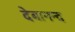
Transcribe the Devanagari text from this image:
देबानन्द